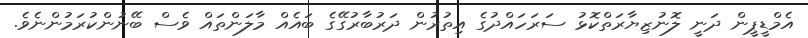
އެމްޑީޕީން ދަނީ ލޮނުޒިޔާރަތްކޮޅު ސަރަހައްދުގެ އިތުރުން ދަރުބާރުގޭގެ ބައެއް މާލަންތައް ވެސް ބޭނުންކުރަމުންނެވެ.